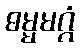
ဓမ္မမဂ္ဂံ